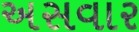
અસવાર